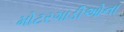
મોટરગાડીઓના